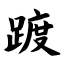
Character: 踱